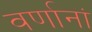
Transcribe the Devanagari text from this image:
वर्णानां